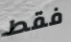
فقط